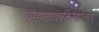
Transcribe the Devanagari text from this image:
प्रमाणावरकिरणोत्सर्ग